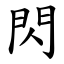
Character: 閃